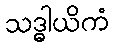
သဒ္ဓါယိကံ